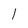
Character: l